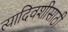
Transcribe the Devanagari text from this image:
त्यादिवशीसाठी